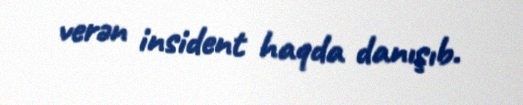
verən insident haqda danışıb.